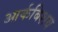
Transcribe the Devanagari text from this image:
आर्कबिशय